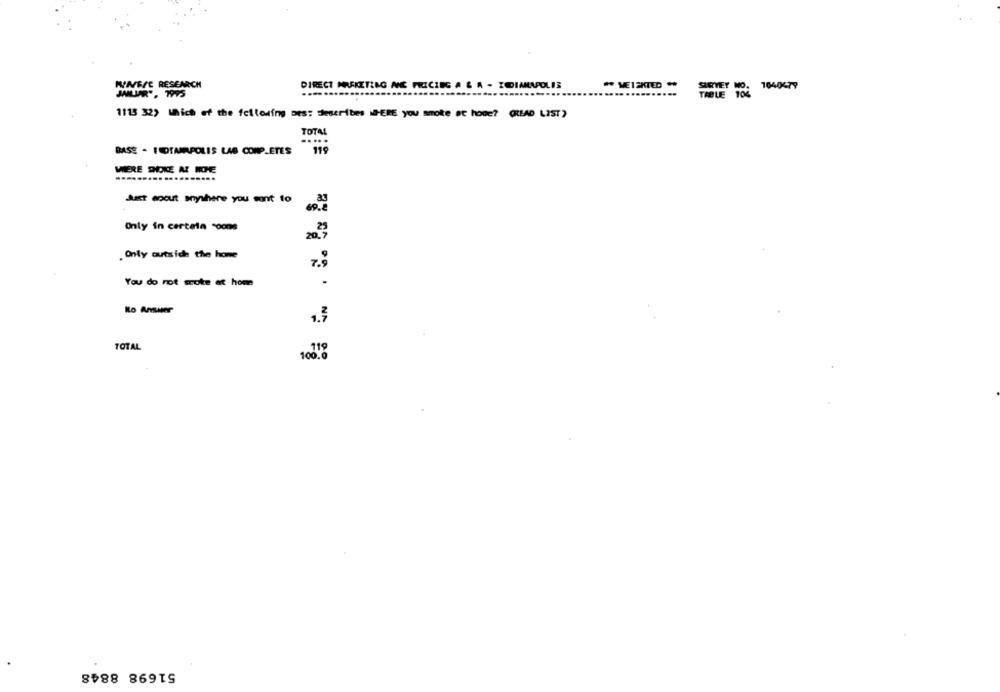
MINBIC RESEARCH
DIRECT MARKETING ANE FREICIEG A & A - ZEDIANAPOLIS
** VE12KTED **
SIRVET MO
1040477
JNLLAR", 1995
1113 32) Which of the following Des: describes WHERE you smoke at home? (READ LIST)
TOTAL
BASE - ROTAMALPOLIS LAS COMPLETES 119
WERE DOCE & IOE
Just enout anywhere you sont to
Only in certela coone
. Only outside the hone
You do rot wrote at home
.
No Answer
1.3
TOTAL
51698 8848